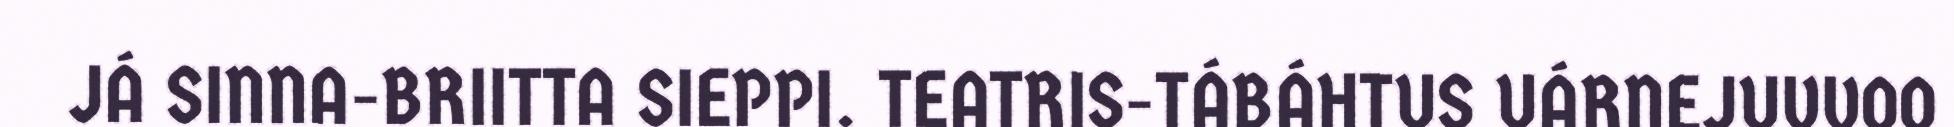
JÁ SINNA-BRIITTA SIEPPI. TEATRIS-TÁBÁHTUS UÁRNEJUVVOO